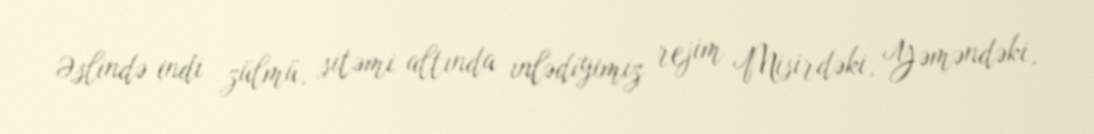
Əslində indi zülmü, sitəmi altında inlədiyimiz rejim Misirdəki, Yəməndəki,